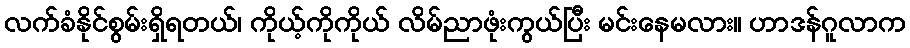
လက်ခံနိုင်စွမ်းရှိရတယ်၊ ကိုယ့်ကိုကိုယ် လိမ်ညာဖုံးကွယ်ပြီး မင်းနေမလား။ ဟာဒန်ဂူလာက